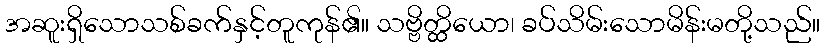
အဆူးရှိသောသစ်ခက်နှင့်တူကုန်၏။ သဗ္ဗိတ္ထိယော၊ ခပ်သိမ်းသောမိန်းမတို့သည်။